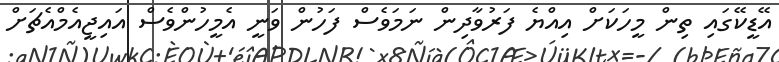
އޭޑީކޭގައި ތިން މީހަކަށް އިއްޔެ ފަރުވާދިން ނަމަވެސް ފަހުން ވަނީ އެމީހުންވެސް އައިޖީއެމްއެޗަށް